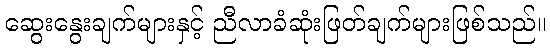
ဆွေးနွေးချက်များနှင့် ညီလာခံဆုံးဖြတ်ချက်များဖြစ်သည်။